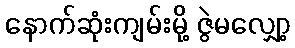
နောက်ဆုံးကျမ်းမို့ ဇွဲမလျှော့